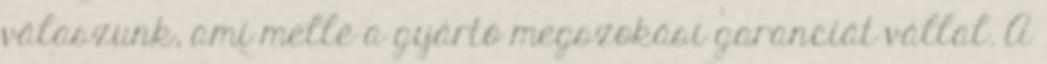
válaszunk, ami mellé a gyártó megszokási garanciát vállal. A